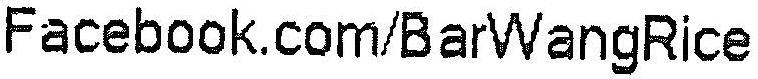
FACEBOOK.COM/BARWANGRICE